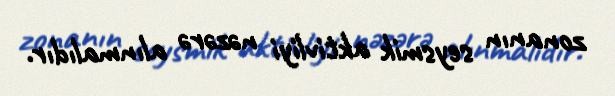
zonanın seysmik aktivliyi nəzərə alınmalıdır.